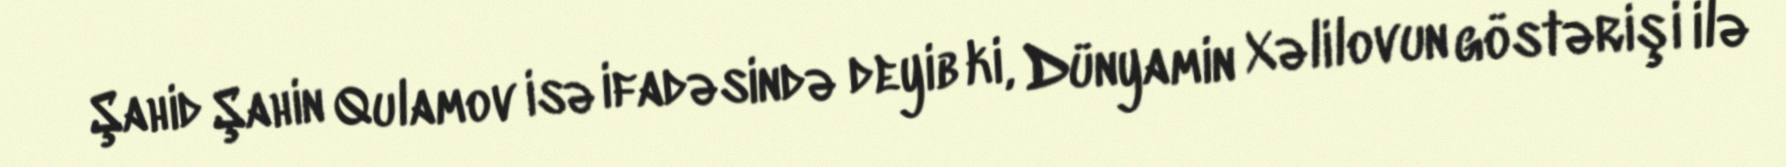
Şahid Şahin Qulamov isə ifadəsində deyib ki, Dünyamin Xəlilovun göstərişi ilə